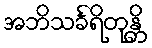
အဘိသင်္ခရိတုန္တိ